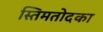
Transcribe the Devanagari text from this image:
स्तिमतोदका